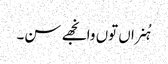
ہُنراں توں وانجھے سن۔